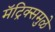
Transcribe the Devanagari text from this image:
मॅट्रिक्समुळे